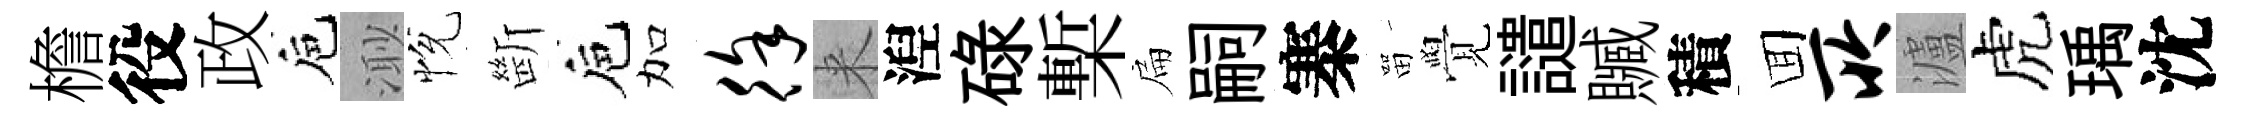
檐役政巵𣺌恱㫁巵加徐来湼碌槧扁嗣寨㽞覺譴贓積囬所瀘虎瑀沈